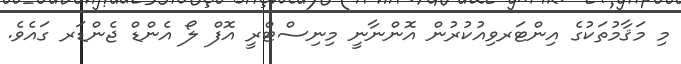
މި މަޤާމުތަކުގެ އިންޓަރވިއުކުރުން އޮންނާނީ މިނިސްޓްރީ އޮފް ލޯ އެންޑް ޖެންޑަރ ގައެވެ.